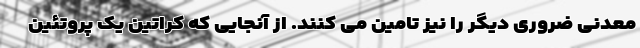
معدنی ضروری دیگر را نیز تامین می کنند. از آنجایی که کراتین یک پروتئین